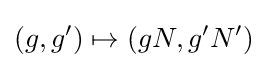
(g,g')\mapsto (gN,g'N')